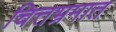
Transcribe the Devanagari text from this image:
चित्तभ्रमात